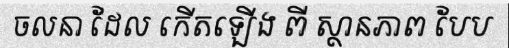
ចលនា ដែល កើតឡើង ពី ស្ថានភាព បែប